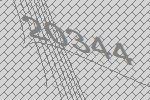
20344